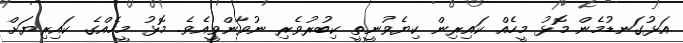
އަޅުގަނޑުމެން މޮޅު މީހެއް ކައިރިން ކިޔެވުނީތީ ކިބުރުވެރި ނުވާންވީއެވެ. މޮޅު މީހެއްގެ ކައިރިޔަށް